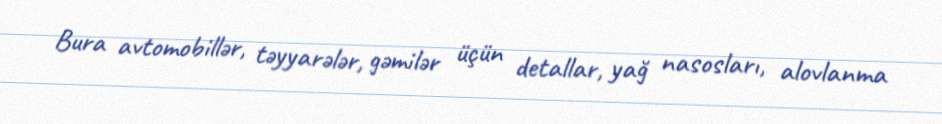
Bura avtomobillər, təyyarələr, gəmilər üçün detallar, yağ nasosları, alovlanma